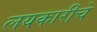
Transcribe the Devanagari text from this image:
लयकारीचे